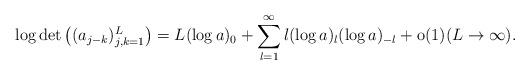
LaTeX: \begin{align*}\log \det\left( (a_{j-k})_{j,k=1}^{L} \right) = L (\log a)_0 + \sum_{l=1}^\infty l (\log a)_l (\log a)_{-l} + \hbox{o}(1) (L\to\infty). \end{align*}